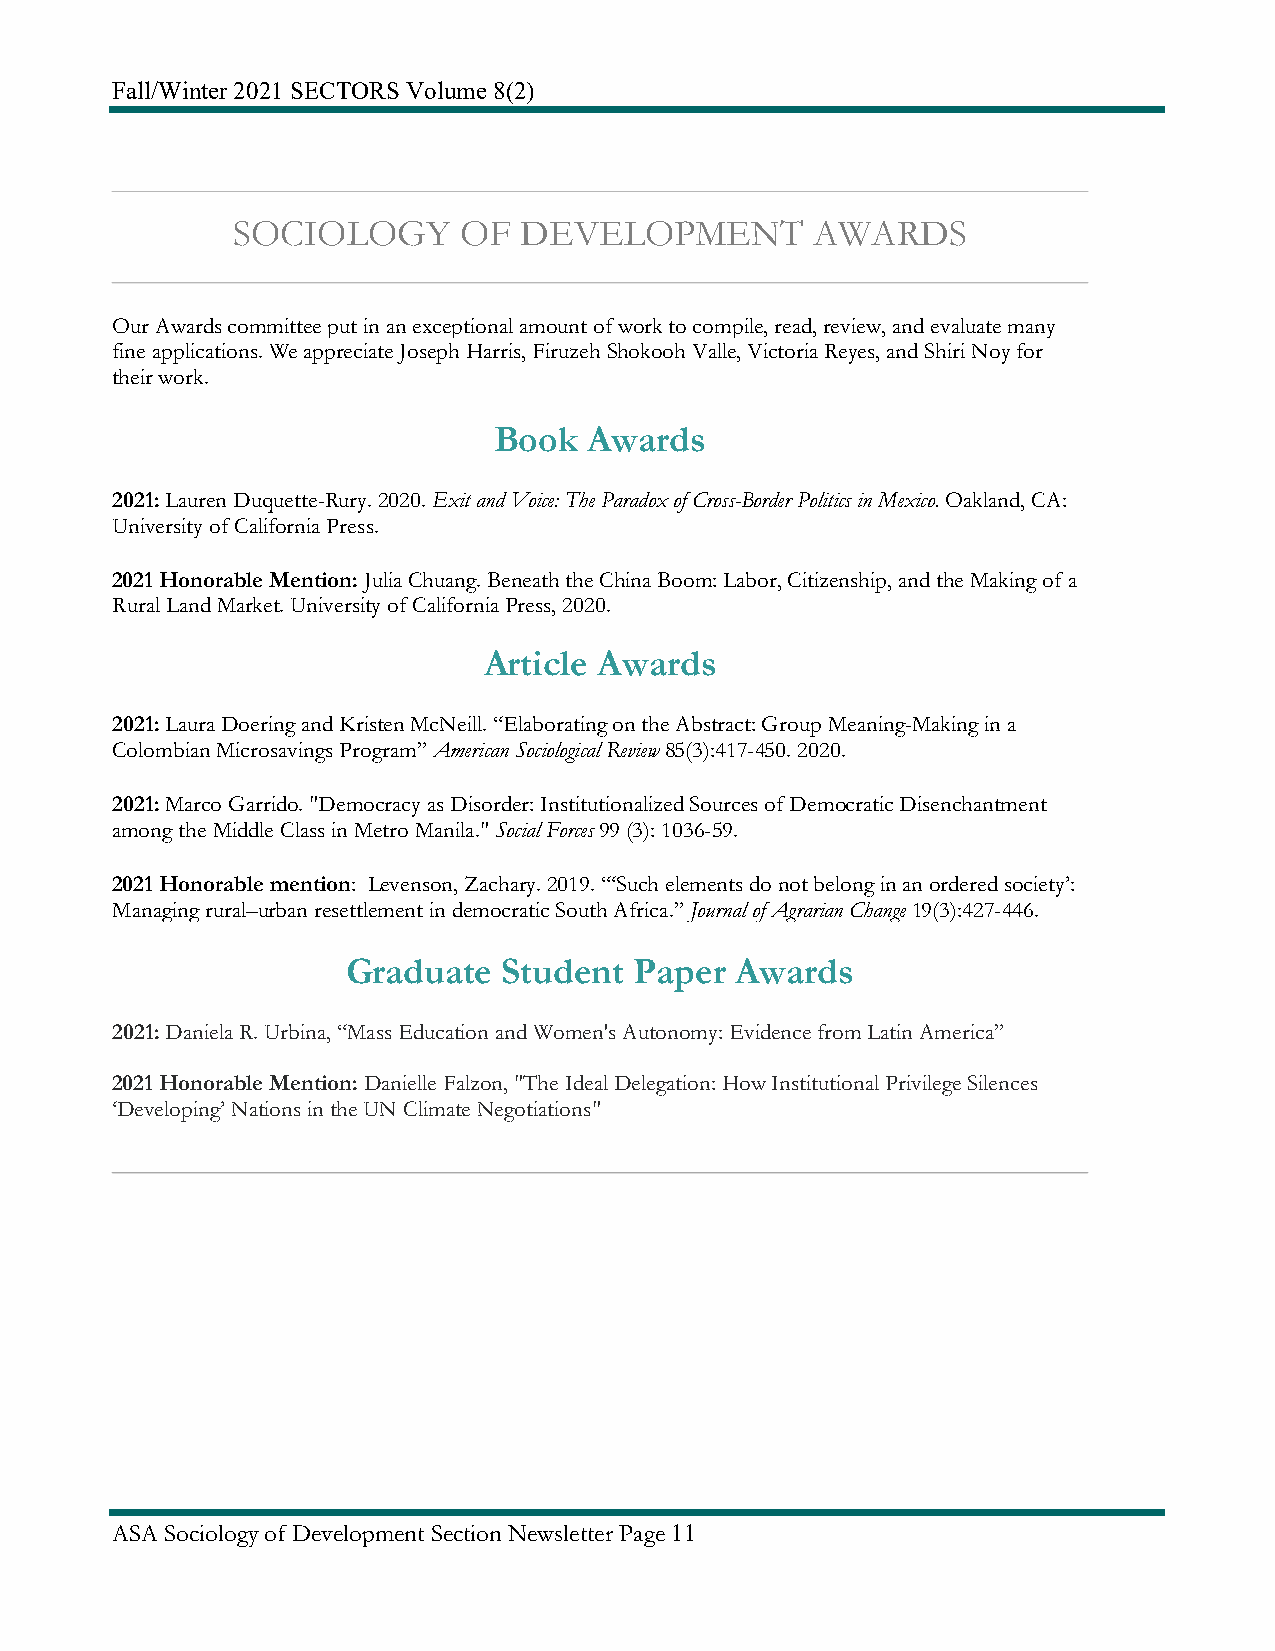
Fall/Winter 2021 SECTORS Volume 8(2)
 SOCIOLOGY      OF  DEVELOPMENT         AWARDS
 Our Awards committee put in an exceptional amount of work to compile, read, review, and evaluate many
 fine applications. We appreciate Joseph Harris, Firuzeh Shokooh Valle, Victoria Reyes, and Shiri Noy for
 their work.
 Book  Awards
 2021: Lauren Duquette-Rury. 2020. Exit and Voice: The Paradox of Cross-Border Politics in Mexico. Oakland, CA:
 University of California Press.
 2021 Honorable Mention: Julia Chuang. Beneath the China Boom: Labor, Citizenship, and the Making of a
 Rural Land Market. University of California Press, 2020.
 Article Awards
 2021: Laura Doering and Kristen McNeill. “Elaborating on the Abstract: Group Meaning-Making in a
 Colombian Microsavings Program” American Sociological Review 85(3):417-450. 2020.
 2021: Marco Garrido. "Democracy as Disorder: Institutionalized Sources of Democratic Disenchantment
 among the Middle Class in Metro Manila." Social Forces 99 (3): 1036-59.
 2021 Honorable mention: Levenson, Zachary. 2019. “‘Such elements do not belong in an ordered society’:
 Managing rural–urban resettlement in democratic South Africa.” Journal of Agrarian Change 19(3):427-446.
 Graduate  Student  Paper  Awards
 2021: Daniela R. Urbina, “Mass Education and Women's Autonomy: Evidence from Latin America”
 2021 Honorable Mention: Danielle Falzon, "The Ideal Delegation: How Institutional Privilege Silences
 ‘Developing’ Nations in the UN Climate Negotiations"
 ASA Sociology of Development Section Newsletter Page 11